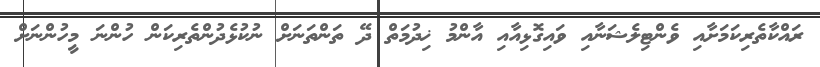
ރައްކާތެރިކަމަށާއި ވެންޓިލެޝަނާއި ވައިގޮޅިއާއި އާންމު ޚިދުމަތް ދޭ ތަންތަނަށް ނުކުޅެދުންތެރިކަން ހުންނަ މީހުންނަށް